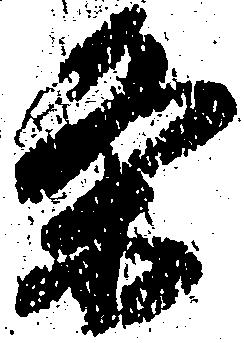
条